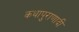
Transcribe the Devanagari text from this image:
कथापुराणादी